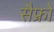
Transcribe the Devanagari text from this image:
सैफ्रों